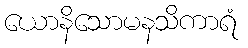
ယောနိသောမနသိကာရံ